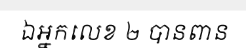
ឯអ្នកលេខ ២ បានពាន